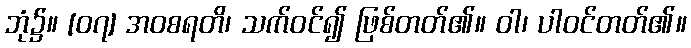
ဘုံ၌။ [၀၇] အဝစရတိ၊ သက်ဝင်၍ ဖြစ်တတ်၏။ ဝါ၊ ပါဝင်တတ်၏။